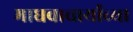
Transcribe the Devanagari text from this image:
माधवाचार्यांच्या